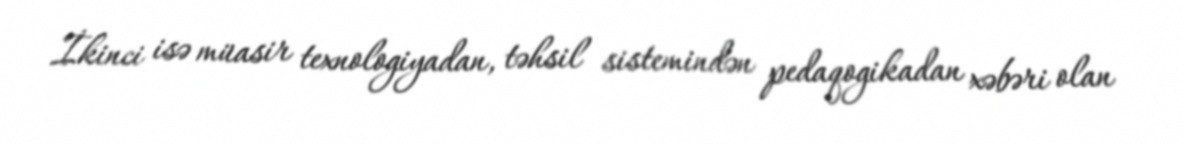
İkinci isə müasir texnologiyadan, təhsil sistemindən pedaqogikadan xəbəri olan